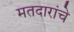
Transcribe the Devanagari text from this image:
मतदारांचे